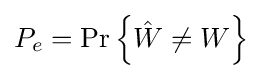
P_{e}={\text{Pr}}\left\{{\hat {W}}\neq W\right\}